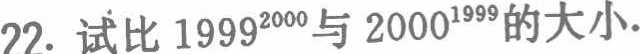
22. 试比 \(1999^{2000}\) 与 \(2000^{1999}\) 的大小.